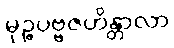
မုဉ္ဇပဗ္ဗဇဟိန္တာလာ